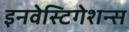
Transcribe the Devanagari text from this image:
इनवेस्टिगेशन्स